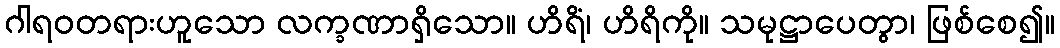
ဂါရဝတရားဟူသော လက္ခဏာရှိသော။ ဟိရိံ၊ ဟိရိကို။ သမုဋ္ဌာပေတွာ၊ ဖြစ်စေ၍။